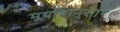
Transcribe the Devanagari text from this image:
मर्यादानुसार